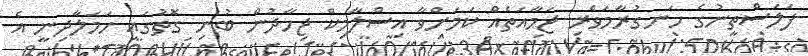
ފަލަސްތީނުގެ ހަނގުރާމަވެރި ޖަމާއަތެއް ކަމަށްވާ އިސްލާމިކް ޖިހާދުން ބުނި ގޮތުގައި ހަމަލާދިނީ އެ